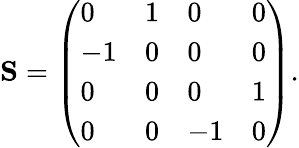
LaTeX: \mathbf{S}=\left(\begin{array}{llll}{0}&{1}&{0}&{0}\\ {-1}&{0}&{0}&{0}\\ {0}&{0}&{0}&{1}\\ {0}&{0}&{-1}&{0}\end{array}\right).